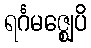
ရင်္ဂမဇ္ဈေပိ